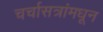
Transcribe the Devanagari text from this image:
चर्चासत्रांमधून